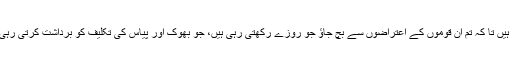
مثلاً ایک معنی تو اس کے یہی ہیں کہ ہم نے تم پر اس لئے روزے فرض کئے ہیں تا کہ تم ان قوموں کے اعتراضوں سے بچ جاؤ جو روزے رکھتی رہی ہیں، جو بھوک اور پیاس کی تکلیف کو برداشت کرتی رہی ہیں، جو موسم کی شدت کو برادشت کرکے خدا تعالیٰ کو خوش کرتی رہی ہیں۔